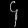
Digit: ၄